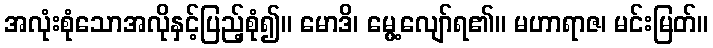
အလုံးစုံသောအလိုနှင့်ပြည့်စုံ၍။ မောဒိ၊ မွေ့လျော်ရ၏။ မဟာရာဇ၊ မင်းမြတ်။